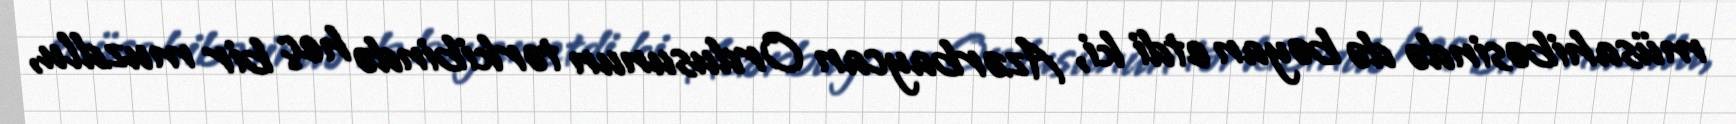
müsahibəsində də bəyan etdi ki, Azərbaycan Ordusunun tərkibində heç bir muzdlu,